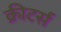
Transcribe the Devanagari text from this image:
क्रीटर्स